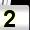
Digit: 2